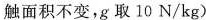
触面积不变，g取10N/kg)